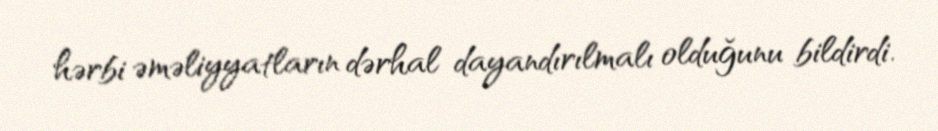
hərbi əməliyyatların dərhal dayandırılmalı olduğunu bildirdi.